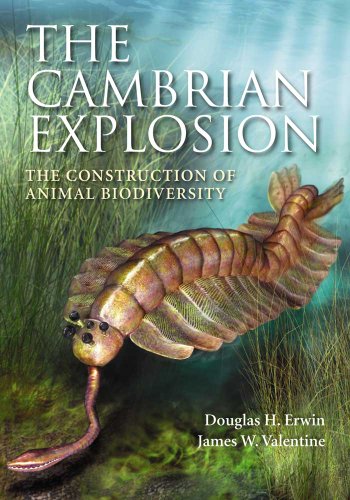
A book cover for The Cambrian Explosion: The Construction of Animal Biodiversity; Douglas Erwin; Science & Math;